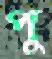
পু